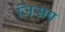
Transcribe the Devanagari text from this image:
जिसप